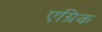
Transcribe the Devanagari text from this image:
एग्रिक